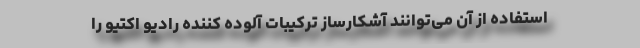
استفاده از آن می‌توانند آشکارساز ترکیبات آلوده کننده رادیو اکتیو را